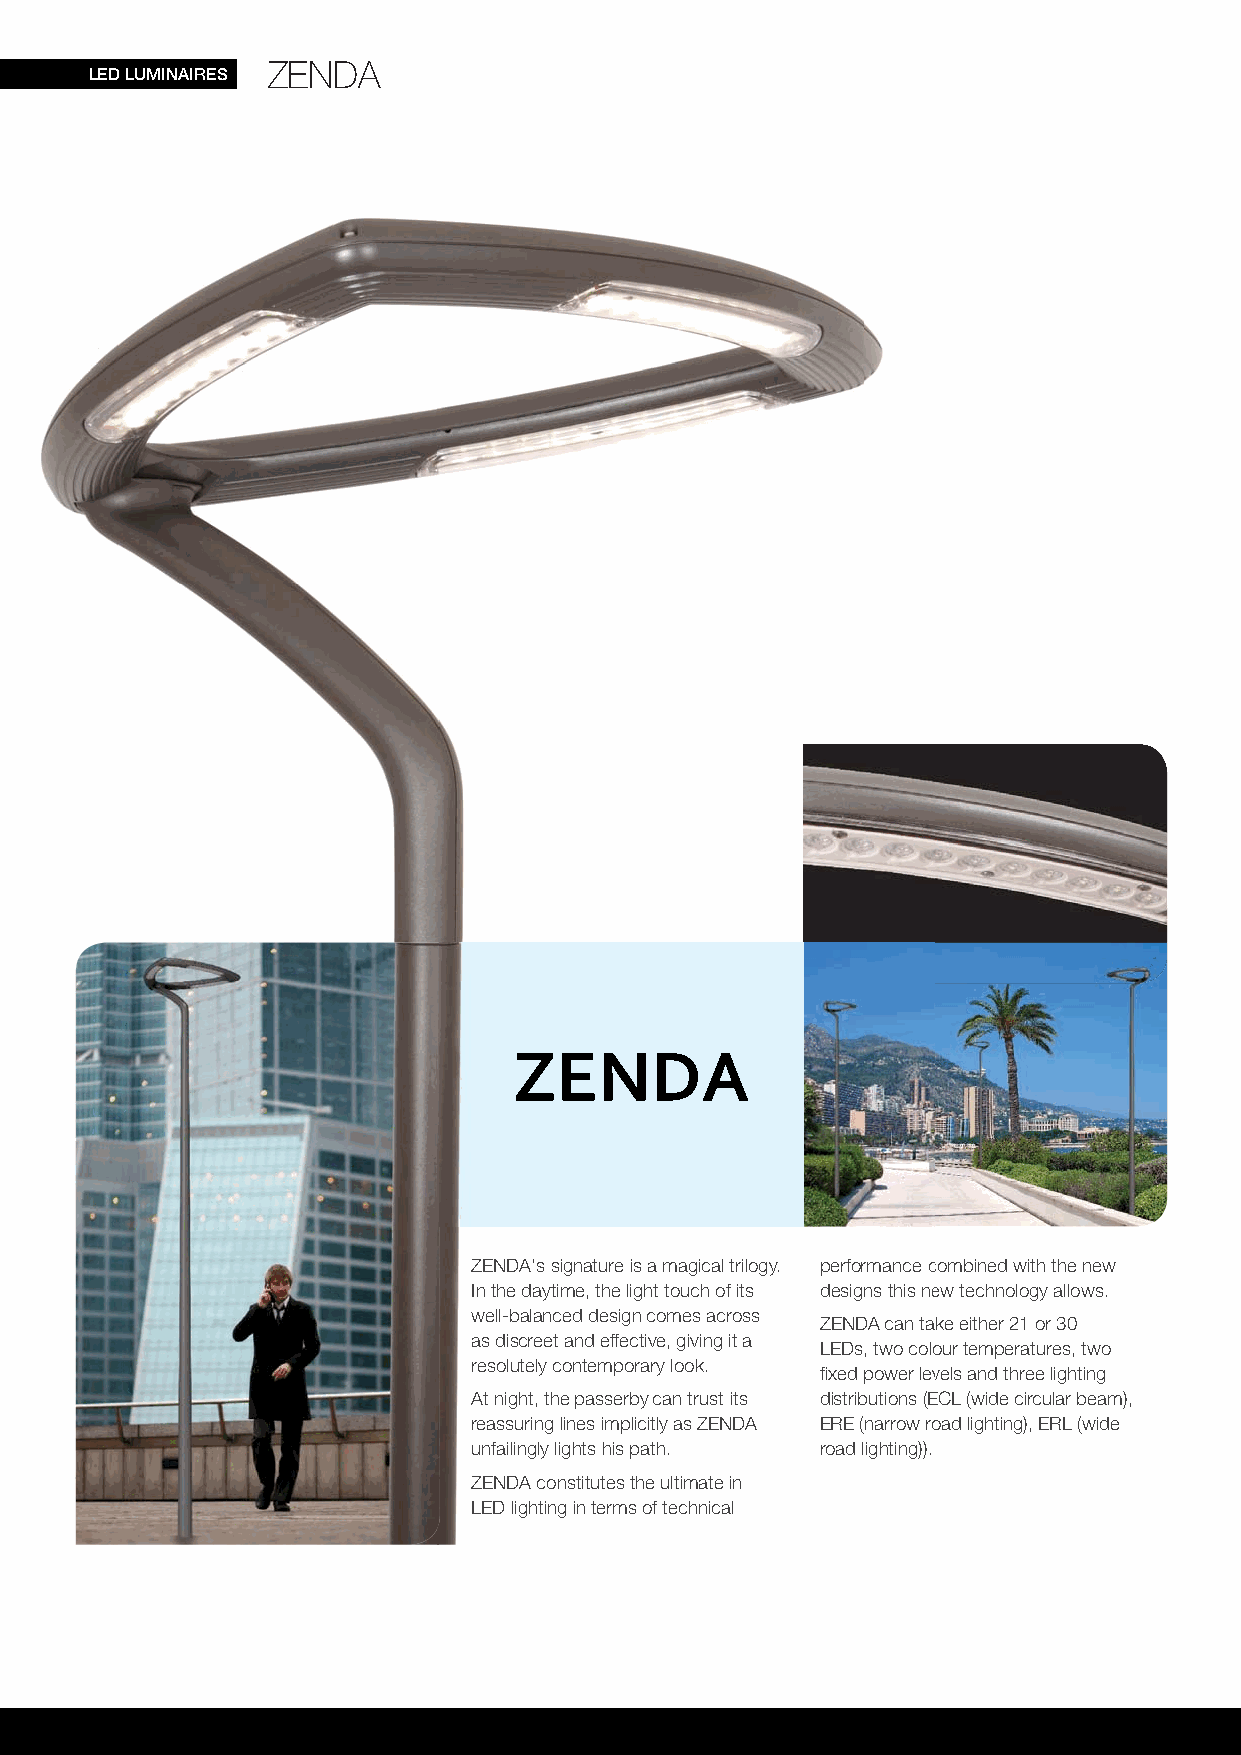
ZENDA
 LED LUMINAIRES
 ZENDA
 ZZEENNDDAA''ss ssiiggnnaattuurree iiss aa mmaaggiiccaall ttrriillooggyy.. ppeerrffoorrmmaannccee ccombined with the new
 IInn tthhee ddaayyttiimmee,, tthhee lliigghhtt ttoouucchh ooff iittss ddeessiiggnnss tthhiiss nneew technology allows.
 wweellll--bbaallaanncceedd ddeessiiggnn ccoommeess aaccrroossss
 ZZEENNDDAA ccaann ttaake either 21 or 30
 aass ddiissccrreeeett aanndd eeffffeeccttiivvee,, ggiivviinngg iitt aa
 LLEEDDss,, ttwwoo ccoolloour temperatures, two
 rreessoolluutteellyy ccoonntteemmppoorraarryy llooookk..
 fifi xxeedd ppoowweerr lleevvels and three lighting
 AAtt nniigghhtt,, tthhee ppaasssseerrbbyy ccaann ttrruusstt iittss ddiissttrriibbuuttiioonnss ((EECL (wide circular beam),
 rreeaassssuurriinngg lliinneess iimmpplliicciittllyy aass ZZEENNDDAA EERREE ((nnaarrrrooww rrooad lighting), ERL (wide
 uunnffaaiilliinnggllyy lliigghhttss hhiiss ppaatthh.. rrooaadd lliigghhttiinngg))))..
 ZZEENNDDAA ccoonnssttiittuutteess tthhee uullttiimmaattee iinn
 LLEEDD lliigghhttiinngg iinn tteerrmmss ooff tteecchhnniiccaall